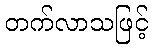
တက်လာသဖြင့်